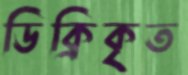
ডিক্রিকৃত